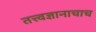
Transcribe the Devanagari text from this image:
तत्त्वज्ञानाचाच